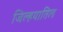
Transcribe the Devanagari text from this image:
जिल्हयातिल